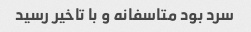
سرد بود متاسفانه و با تاخیر رسید